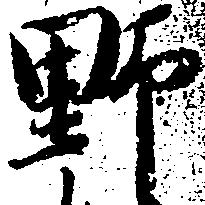
野